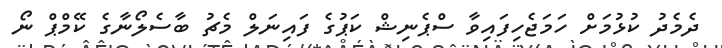
ދެމެދު ކުޅުމަށް ހަމަޖެހިފައިވާ ސްޕެނިޝް ކަޕުގެ ފައިނަލް މެޗު ބާސެލޯނާގެ ކޭމްޕް ނޯ